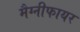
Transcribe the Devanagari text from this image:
मैग्नीफायर